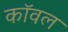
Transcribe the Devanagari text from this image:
कॉवल